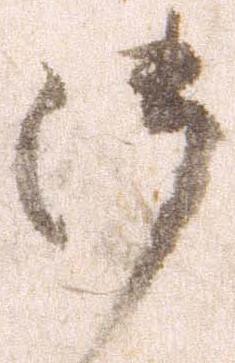
御